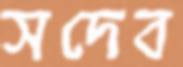
সদেব